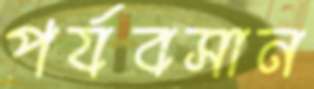
পর্যবসান